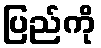
ပြည်ကို